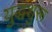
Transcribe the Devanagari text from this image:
युद्धशुरू